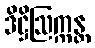
ဒိဋ္ဌိဩက္ကန္တ